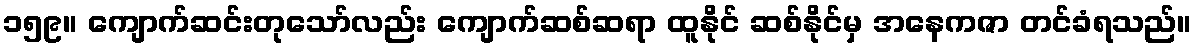
၁၅၉။ ကျောက်ဆင်းတုသော်လည်း ကျောက်ဆစ်ဆရာ ထူနိုင် ဆစ်နိုင်မှ အနေကဇာ တင်ခံရသည်။